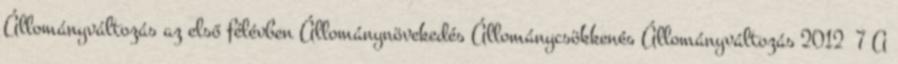
Állományváltozás az első félévben Állománynövekedés Állománycsökkenés Állományváltozás 2012 7 A